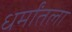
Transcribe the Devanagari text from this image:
धर्मांतला